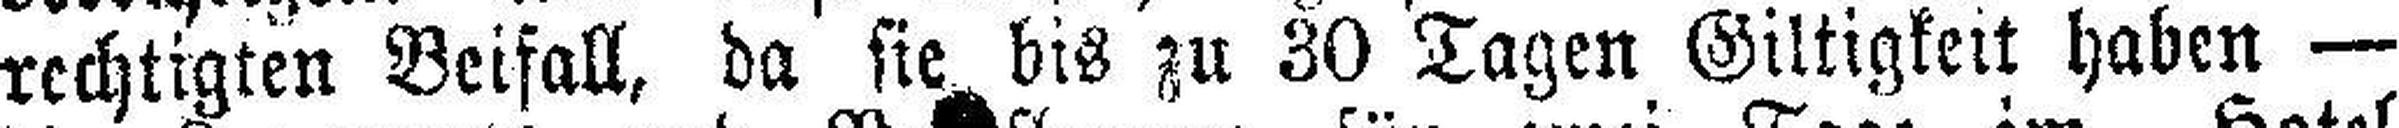
rechtigten Beifall, da sie bis zu 30 Tagen Giltigkeit haben —